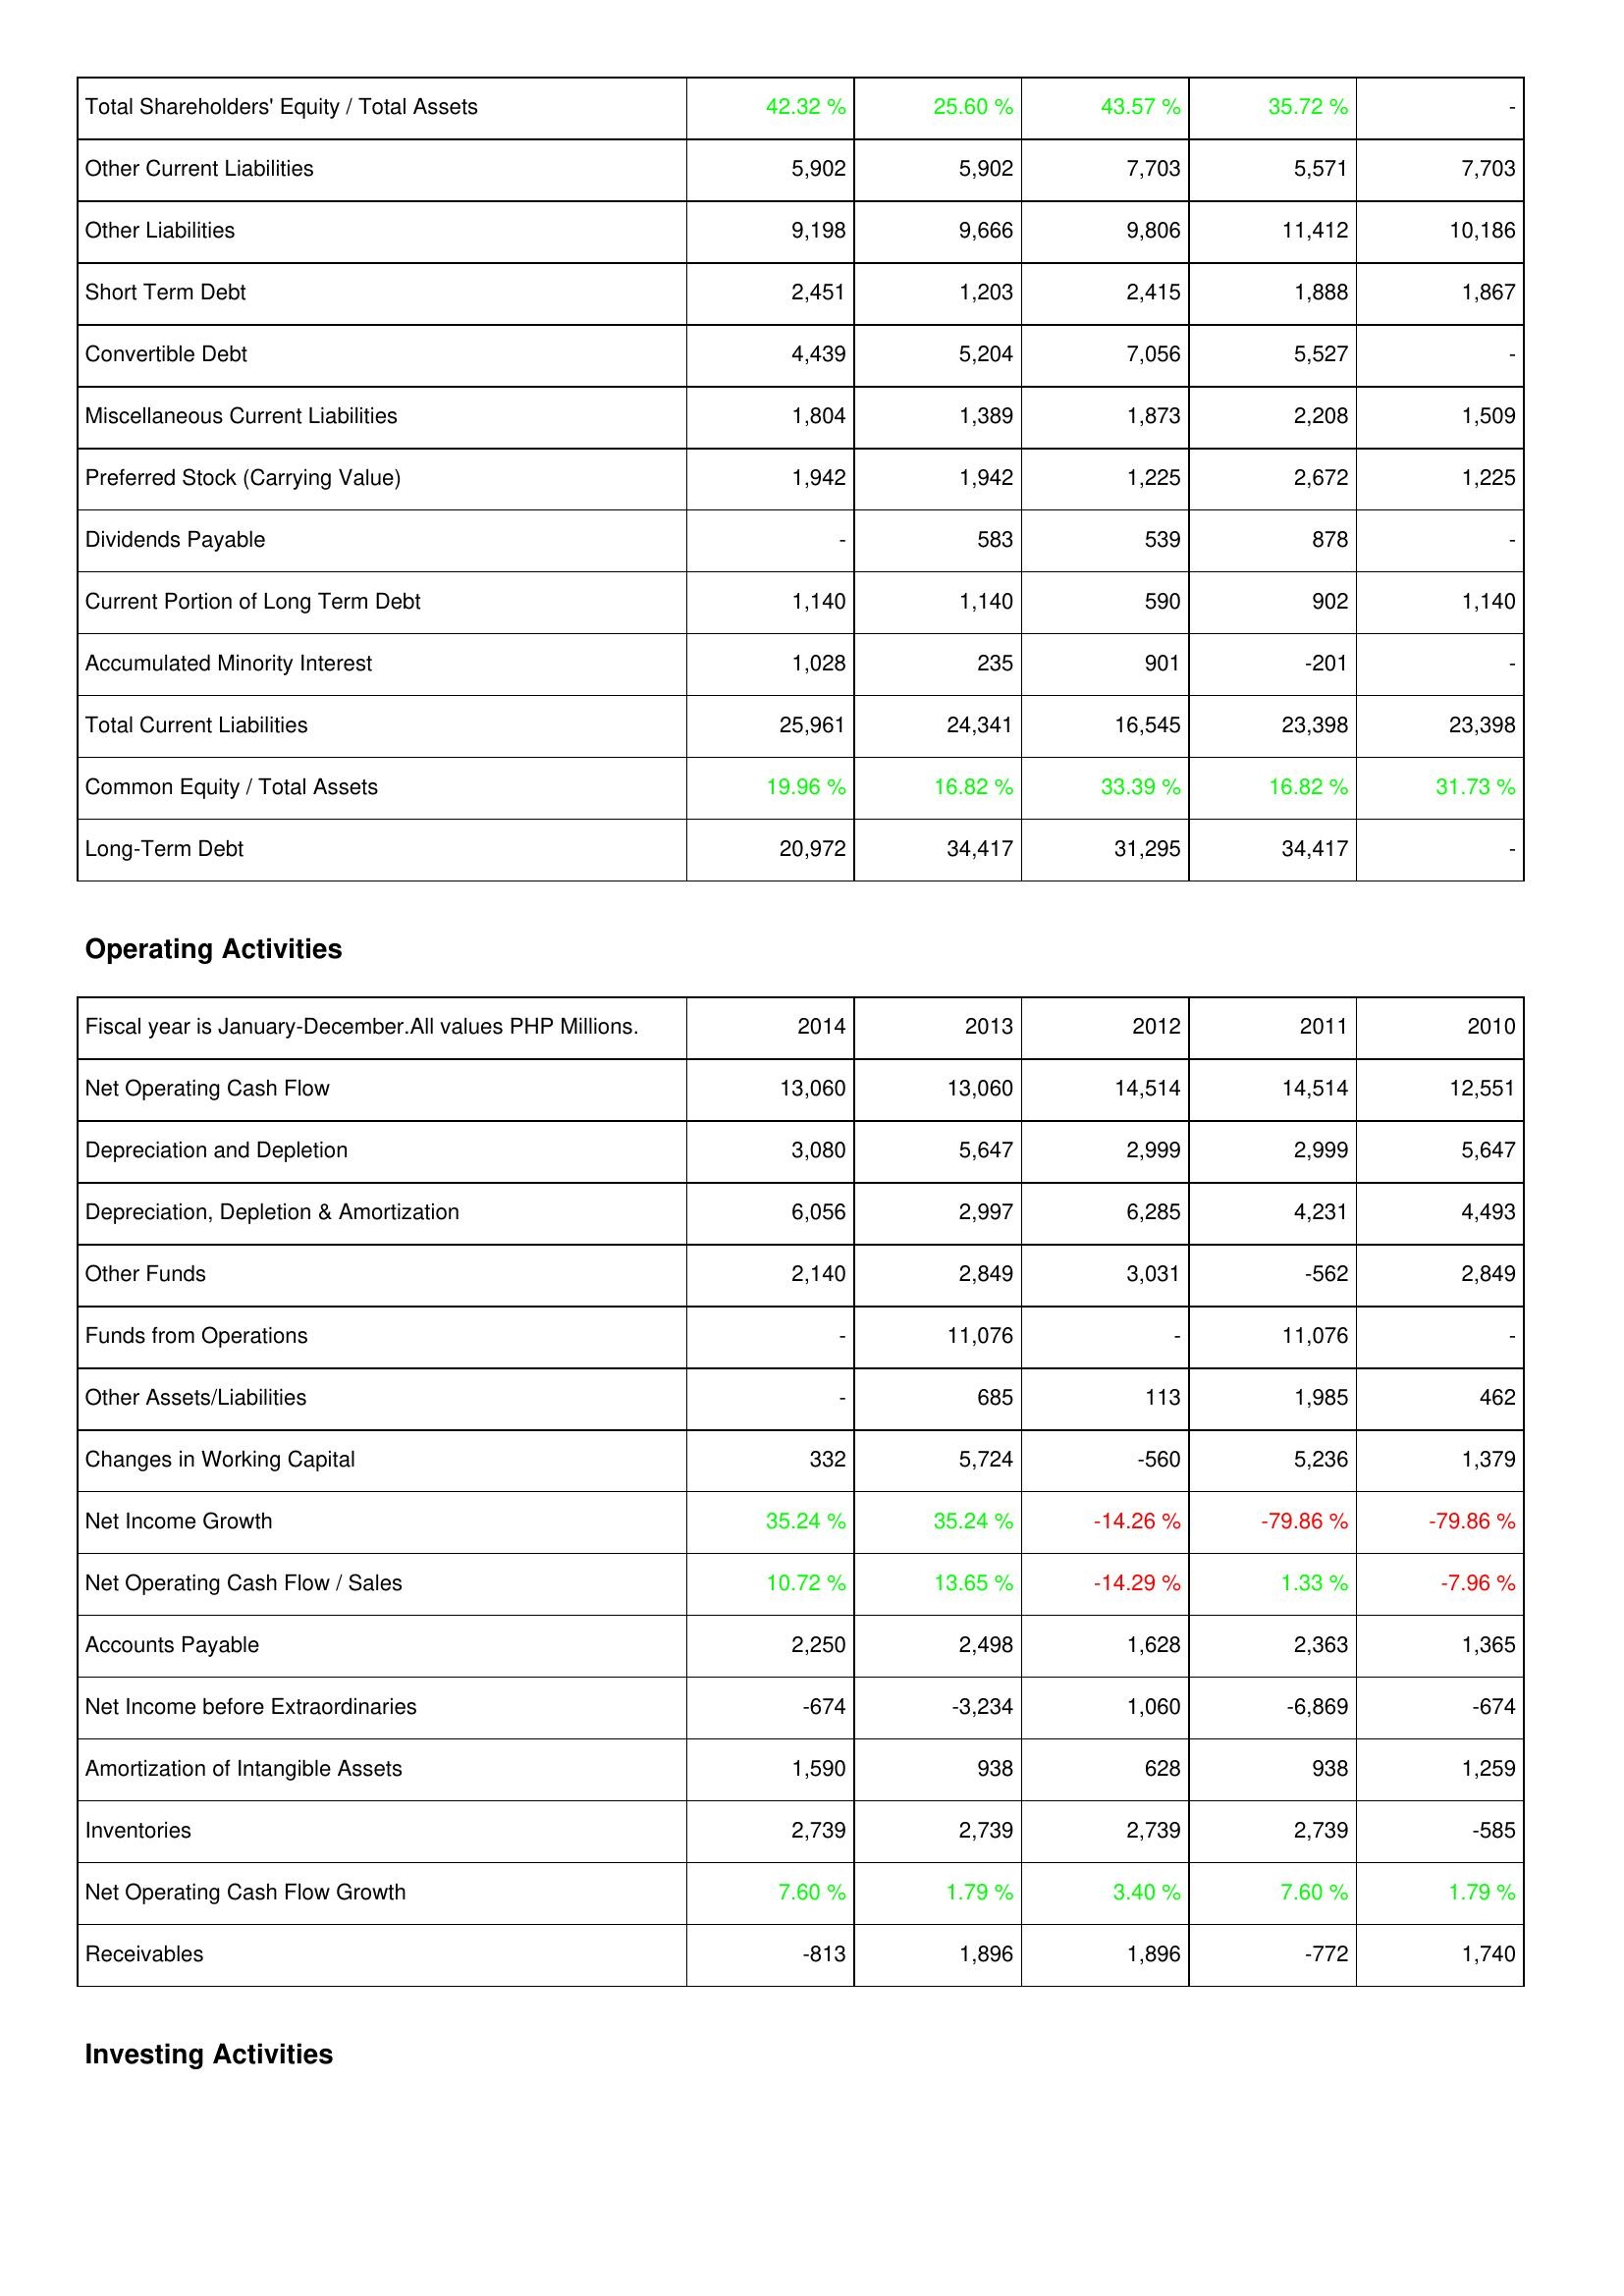
2014: Liabilities & Shareholders' Equity: Total Shareholders' Equity / Total Assets: 42.32 %
Other Current Liabilities: 5,902
Other Liabilities: 9,198
Short Term Debt: 2,451
Convertible Debt: 4,439
Miscellaneous Current Liabilities: 1,804
Preferred Stock (Carrying Value): 1,942
Dividends Payable: -
Current Portion of Long Term Debt: 1,140
Accumulated Minority Interest: 1,028
Total Current Liabilities: 25,961
Common Equity / Total Assets: 19.96 %
Long-Term Debt: 20,972
Operating Activities: Net Operating Cash Flow: 13,060
Depreciation and Depletion: 3,080
Depreciation, Depletion & Amortization: 6,056
Other Funds: 2,140
Funds from Operations: -
Other Assets/Liabilities: -
Changes in Working Capital: 332
Net Income Growth: 35.24 %
Net Operating Cash Flow / Sales: 10.72 %
Accounts Payable: 2,250
Net Income before Extraordinaries: -674
Amortization of Intangible Assets: 1,590
Inventories: 2,739
Net Operating Cash Flow Growth: 7.60 %
Receivables: -813
2013: Liabilities & Shareholders' Equity: Total Shareholders' Equity / Total Assets: 25.60 %
Other Current Liabilities: 5,902
Other Liabilities: 9,666
Short Term Debt: 1,203
Convertible Debt: 5,204
Miscellaneous Current Liabilities: 1,389
Preferred Stock (Carrying Value): 1,942
Dividends Payable: 583
Current Portion of Long Term Debt: 1,140
Accumulated Minority Interest: 235
Total Current Liabilities: 24,341
Common Equity / Total Assets: 16.82 %
Long-Term Debt: 34,417
Operating Activities: Net Operating Cash Flow: 13,060
Depreciation and Depletion: 5,647
Depreciation, Depletion & Amortization: 2,997
Other Funds: 2,849
Funds from Operations: 11,076
Other Assets/Liabilities: 685
Changes in Working Capital: 5,724
Net Income Growth: 35.24 %
Net Operating Cash Flow / Sales: 13.65 %
Accounts Payable: 2,498
Net Income before Extraordinaries: -3,234
Amortization of Intangible Assets: 938
Inventories: 2,739
Net Operating Cash Flow Growth: 1.79 %
Receivables: 1,896
2012: Liabilities & Shareholders' Equity: Total Shareholders' Equity / Total Assets: 43.57 %
Other Current Liabilities: 7,703
Other Liabilities: 9,806
Short Term Debt: 2,415
Convertible Debt: 7,056
Miscellaneous Current Liabilities: 1,873
Preferred Stock (Carrying Value): 1,225
Dividends Payable: 539
Current Portion of Long Term Debt: 590
Accumulated Minority Interest: 901
Total Current Liabilities: 16,545
Common Equity / Total Assets: 33.39 %
Long-Term Debt: 31,295
Operating Activities: Net Operating Cash Flow: 14,514
Depreciation and Depletion: 2,999
Depreciation, Depletion & Amortization: 6,285
Other Funds: 3,031
Funds from Operations: -
Other Assets/Liabilities: 113
Changes in Working Capital: -560
Net Income Growth: -14.26 %
Net Operating Cash Flow / Sales: -14.29 %
Accounts Payable: 1,628
Net Income before Extraordinaries: 1,060
Amortization of Intangible Assets: 628
Inventories: 2,739
Net Operating Cash Flow Growth: 3.40 %
Receivables: 1,896
2011: Liabilities & Shareholders' Equity: Total Shareholders' Equity / Total Assets: 35.72 %
Other Current Liabilities: 5,571
Other Liabilities: 11,412
Short Term Debt: 1,888
Convertible Debt: 5,527
Miscellaneous Current Liabilities: 2,208
Preferred Stock (Carrying Value): 2,672
Dividends Payable: 878
Current Portion of Long Term Debt: 902
Accumulated Minority Interest: -201
Total Current Liabilities: 23,398
Common Equity / Total Assets: 16.82 %
Long-Term Debt: 34,417
Operating Activities: Net Operating Cash Flow: 14,514
Depreciation and Depletion: 2,999
Depreciation, Depletion & Amortization: 4,231
Other Funds: -562
Funds from Operations: 11,076
Other Assets/Liabilities: 1,985
Changes in Working Capital: 5,236
Net Income Growth: -79.86 %
Net Operating Cash Flow / Sales: 1.33 %
Accounts Payable: 2,363
Net Income before Extraordinaries: -6,869
Amortization of Intangible Assets: 938
Inventories: 2,739
Net Operating Cash Flow Growth: 7.60 %
Receivables: -772
2010: Liabilities & Shareholders' Equity: Total Shareholders' Equity / Total Assets: -
Other Current Liabilities: 7,703
Other Liabilities: 10,186
Short Term Debt: 1,867
Convertible Debt: -
Miscellaneous Current Liabilities: 1,509
Preferred Stock (Carrying Value): 1,225
Dividends Payable: -
Current Portion of Long Term Debt: 1,140
Accumulated Minority Interest: -
Total Current Liabilities: 23,398
Common Equity / Total Assets: 31.73 %
Long-Term Debt: -
Operating Activities: Net Operating Cash Flow: 12,551
Depreciation and Depletion: 5,647
Depreciation, Depletion & Amortization: 4,493
Other Funds: 2,849
Funds from Operations: -
Other Assets/Liabilities: 462
Changes in Working Capital: 1,379
Net Income Growth: -79.86 %
Net Operating Cash Flow / Sales: -7.96 %
Accounts Payable: 1,365
Net Income before Extraordinaries: -674
Amortization of Intangible Assets: 1,259
Inventories: -585
Net Operating Cash Flow Growth: 1.79 %
Receivables: 1,740